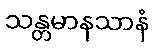
သန္တမာနသာနံ